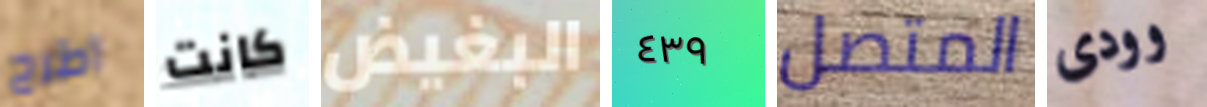
اطرح كانت البغيض ٤٣٩ المتصل وودى